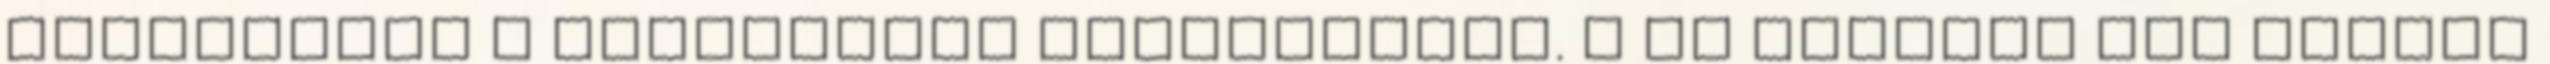
gondolnunk a kontraktus feltételeit. A mi mágiánk nem igazán